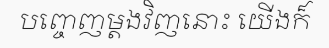
បញ្ចេញម្តងវិញនោះ យើងក៏